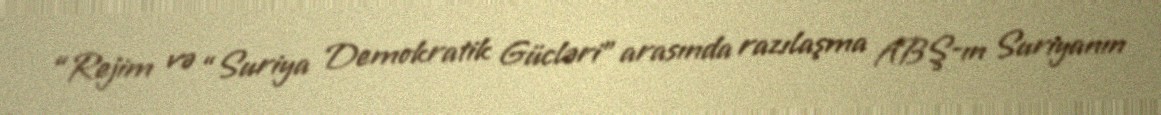
“Rejim və “Suriya Demokratik Gücləri” arasında razılaşma ABŞ-ın Suriyanın